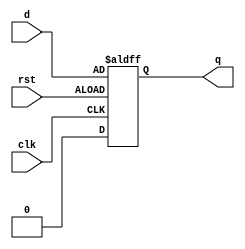
module edge_triggered_latch (
    input wire clk, 
    input wire rst, 
    input wire d,
    output reg q
);

reg q_next;

always @(posedge clk, negedge rst)
begin
    if (rst)
        q <= 1'b0;
    else
        q <= q_next;
end

assign q_next = d;

endmodule